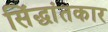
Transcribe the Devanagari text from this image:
सिंद्धांतकार